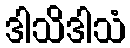
ဒါသိဒါသံ